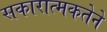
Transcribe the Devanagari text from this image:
सकारात्मकतेने